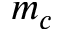
m _ { c }